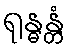
ရုန္ဓန္တံ